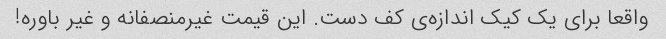
واقعا برای یک کیک اندازه‌ی کف دست. این قیمت غیرمنصفانه و غیر باوره!